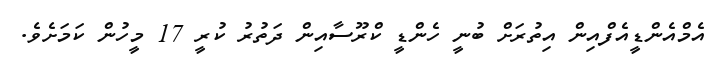
އެމްއެންޑީއެފްއިން އިތުރަށް ބުނީ ހެންޑީ ކްރޫސާއިން ދަތުރު ކުރީ 17 މީހުން ކަމަށެވެ.